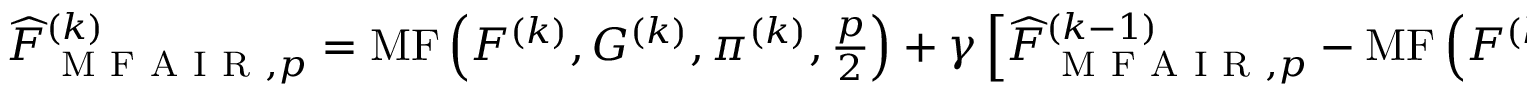
\begin{array} { r } { \widehat { F } _ { \mathrm { ~ M ~ F ~ A ~ I ~ R ~ } , p } ^ { ( k ) } = \operatorname { M F } \left( F ^ { ( k ) } , G ^ { ( k ) } , \pi ^ { ( k ) } , \frac { p } { 2 } \right) + \gamma \left[ \widehat { F } _ { \mathrm { ~ M ~ F ~ A ~ I ~ R ~ } , p } ^ { ( k - 1 ) } - \operatorname { M F } \left( F ^ { ( k - 1 ) } W _ { k } , G ^ { ( k - 1 ) } , \pi ^ { ( k ) } , \frac { p } { 2 } \right) \right] } \end{array}